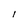
Character: I